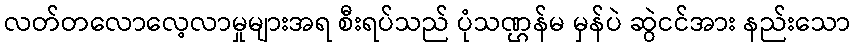
လတ်တလောလေ့လာမှုများအရ စီးရပ်သည် ပုံသဏ္ဌန်မ မှန်ပဲ ဆွဲငင်အား နည်းသော